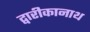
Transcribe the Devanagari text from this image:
द्वारीकानाथ